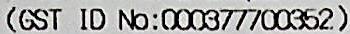
(GST ID NO: 000377700352)